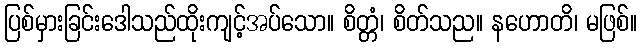
ပြစ်မှားခြင်းဒေါသည်ထိုးကျင့်အပ်သော။ စိတ္တံ၊ စိတ်သည။ နဟောတိ၊ မဖြစ်။